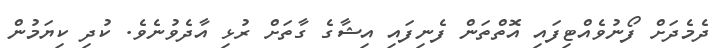
ދެމެދަށް ފޯނުވެއްޓިފައި އޮތްތަން ފެނިފައި އިޝާގެ ގާތަށް ރުޅި އާދެވުނެވެ. ކުދި ކިޔަމުން